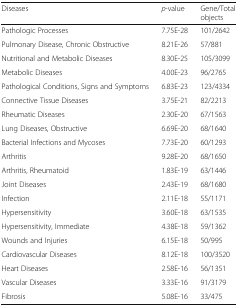
<table><thead><tr><td><b>Diseases</b></td><td><b><i>p</i>-value</b></td><td><b>Gene/Total objects</b></td></tr></thead><tbody><tr><td>Pathologic Processes</td><td>7.75E-28</td><td>101/2642</td></tr><tr><td>Pulmonary Disease, Chronic Obstructive</td><td>8.21E-26</td><td>57/881</td></tr><tr><td>Nutritional and Metabolic Diseases</td><td>8.30E-25</td><td>105/3099</td></tr><tr><td>Metabolic Diseases</td><td>4.00E-23</td><td>96/2765</td></tr><tr><td>Pathological Conditions, Signs and Symptoms</td><td>6.83E-23</td><td>123/4334</td></tr><tr><td>Connective Tissue Diseases</td><td>3.75E-21</td><td>82/2213</td></tr><tr><td>Rheumatic Diseases</td><td>2.30E-20</td><td>67/1563</td></tr><tr><td>Lung Diseases, Obstructive</td><td>6.69E-20</td><td>68/1640</td></tr><tr><td>Bacterial Infections and Mycoses</td><td>7.73E-20</td><td>60/1293</td></tr><tr><td>Arthritis</td><td>9.28E-20</td><td>68/1650</td></tr><tr><td>Arthritis, Rheumatoid</td><td>1.83E-19</td><td>63/1446</td></tr><tr><td>Joint Diseases</td><td>2.43E-19</td><td>68/1680</td></tr><tr><td>Infection</td><td>2.11E-18</td><td>55/1171</td></tr><tr><td>Hypersensitivity</td><td>3.60E-18</td><td>63/1535</td></tr><tr><td>Hypersensitivity, Immediate</td><td>4.38E-18</td><td>59/1362</td></tr><tr><td>Wounds and Injuries</td><td>6.15E-18</td><td>50/995</td></tr><tr><td>Cardiovascular Diseases</td><td>8.12E-18</td><td>100/3520</td></tr><tr><td>Heart Diseases</td><td>2.58E-16</td><td>56/1351</td></tr><tr><td>Vascular Diseases</td><td>3.33E-16</td><td>91/3179</td></tr><tr><td>Fibrosis</td><td>5.08E-16</td><td>33/475</td></tr></tbody></table>